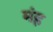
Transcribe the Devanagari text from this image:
मंह